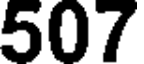
507